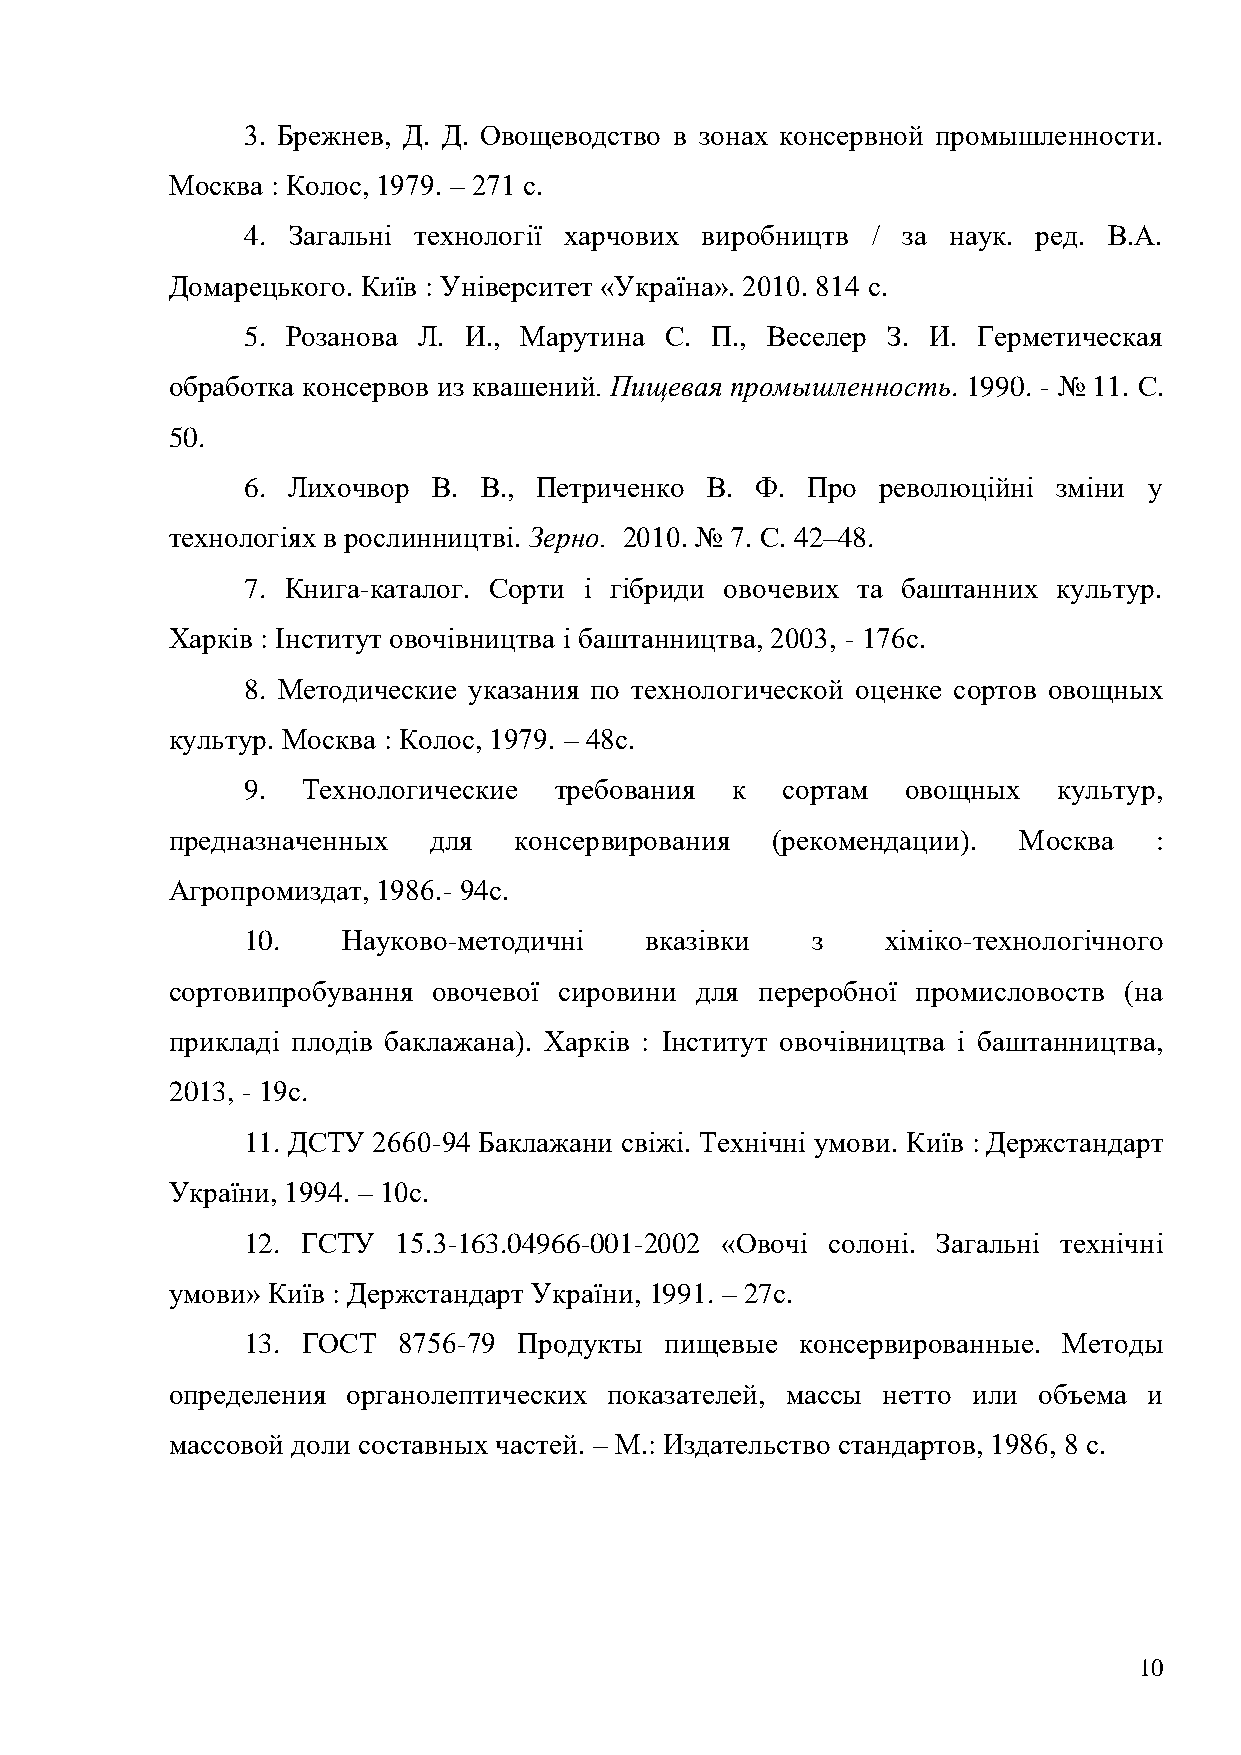
3. Брежнев, Д. Д. Овощеводство в зонах консервной промышленности.
 Москва : Колос, 1979. – 271 с.
 4. Загальні технології харчових виробництв / за наук. ред. В.А.
 Домарецького. Київ : Університет «Україна». 2010. 814 с.
 5. Розанова Л. И., Марутина С. П., Веселер З. И. Герметическая
 обработка консервов из квашений. Пищевая промышленность. 1990. - № 11. С.
 50.
 6. Лихочвор  В. В., Петриченко В. Ф. Про  революційні зміни у
 технологіях в рослинництві. Зерно. 2010. № 7. C. 42–48.
 7. Книга-каталог. Сорти і гібриди овочевих та баштанних культур.
 Харків : Інститут овочівництва і баштанництва, 2003, - 176с.
 8. Методические указания по технологической оценке сортов овощных
 культур. Москва : Колос, 1979. – 48с.
 9.  Технологические  требования к   сортам  овощных   культур,
 предназначенных  для   консервирования  (рекомендации). Москва   :
 Агропромиздат, 1986.- 94с.
 10.    Науково-методичні   вказівки   з    хіміко-технологічного
 сортовипробування овочевої сировини для переробної промисловоств (на
 прикладі плодів баклажана). Харків : Інститут овочівництва і баштанництва,
 2013, - 19с.
 11. ДСТУ 2660-94 Баклажани свіжі. Технічні умови. Київ : Держстандарт
 України, 1994. – 10с.
 12. ГСТУ  15.3-163.04966-001-2002 «Овочі солоні. Загальні технічні
 умови» Київ : Держстандарт України, 1991. – 27с.
 13. ГОСТ  8756-79 Продукты  пищевые  консервированные. Методы
 определения органолептических показателей, массы нетто или объема и
 массовой доли составных частей. – М.: Издательство стандартов, 1986, 8 с.
 10